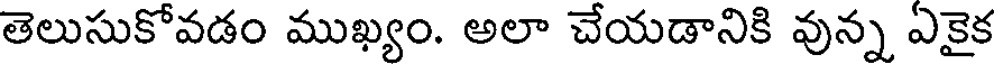
తెలుసుకోవడం ముఖ్యం. అలా చేయడానికి వున్న ఏకైక